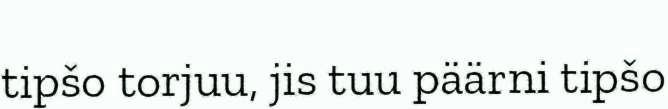
tipšo torjuu, jis tuu päärni tipšo